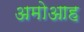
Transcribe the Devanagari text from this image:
अमोआह